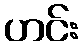
ဟင်း